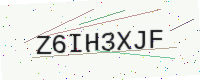
Text: Z6IH3XJF